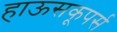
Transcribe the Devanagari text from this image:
हाऊसकूपर्स